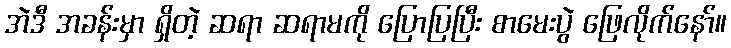
အဲဒီ အခန်းမှာ ရှိတဲ့ ဆရာ ဆရာမကို ပြောပြပြီး စာမေးပွဲ ဖြေလိုက်နော်။